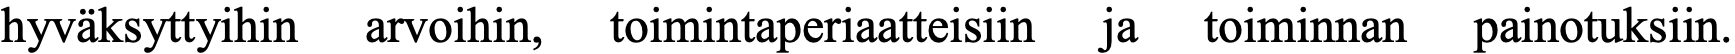
hyväksyttyihin arvoihin, toimintaperiaatteisiin ja toiminnan painotuksiin.